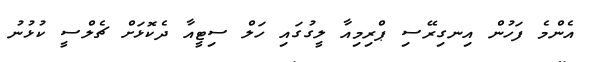
އެންމެ ފަހުން އިނގިރޭސި ޕްރިމިއާ ލީގުގައި ހަލް ސިޓީއާ ދެކޮޅަށް ޗެލްސީ ކުޅުނު